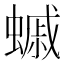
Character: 䗩